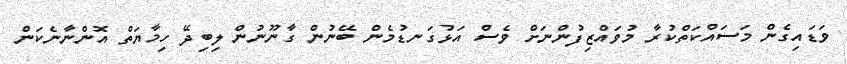
ވަޑައިގެން މަސައްކަތްކުރާ މުވައްޒިފުންނަށް ވެސް އަޅުގަނޑުމެން ބޭނުން ގާނޫނުން ލިބިދޭ ހިމާޔަތް އޮންނާނެކަން